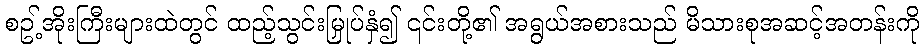
စဥ့်အိုးကြီးများထဲတွင် ထည့်သွင်းမြှုပ်နှံ၍ ၎င်းတို့၏ အရွယ်အစားသည် မိသားစုအဆင့်အတန်းကို